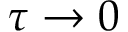
\tau \rightarrow 0